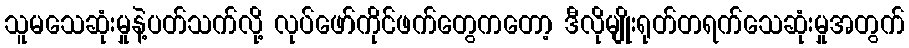
သူမသေဆုံးမှုနဲ့ပတ်သက်လို့ လုပ်ဖော်ကိုင်ဖက်တွေကတော့ ဒီလိုမျိုးရုတ်တရက်သေဆုံးမှုအတွက်